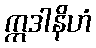
ဣဒါနိဟံ